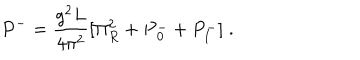
P ^ { - } = { \frac { g ^ { 2 } L } { 4 \pi ^ { 2 } } } [ \Pi _ { R } ^ { 2 } + P { _ 0 ^ { - } } + P _ { I } ^ { - } ] \; .